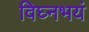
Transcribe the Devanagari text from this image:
विघ्नभयं